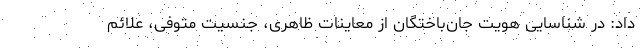
داد: در شناسایی هویت جان‌باختگان از معاینات ظاهری، جنسیت متوفی، علائم